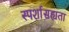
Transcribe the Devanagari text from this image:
स्पर्शासह्यता